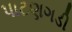
પાટણગડી